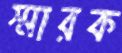
স্মারক